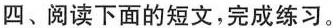
四、阅读下面的短文，完成练习。